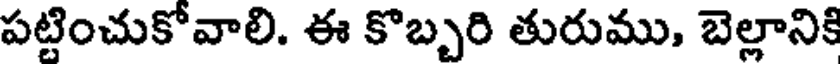
పట్టించుకోవాలి. ఈ కొబ్బరి తురుము, బెల్లానికి